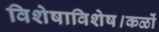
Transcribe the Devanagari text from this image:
विशेषाविशेष।कळों